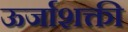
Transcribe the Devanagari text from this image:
ऊर्जाशक्ती